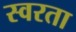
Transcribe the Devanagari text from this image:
स्वरता